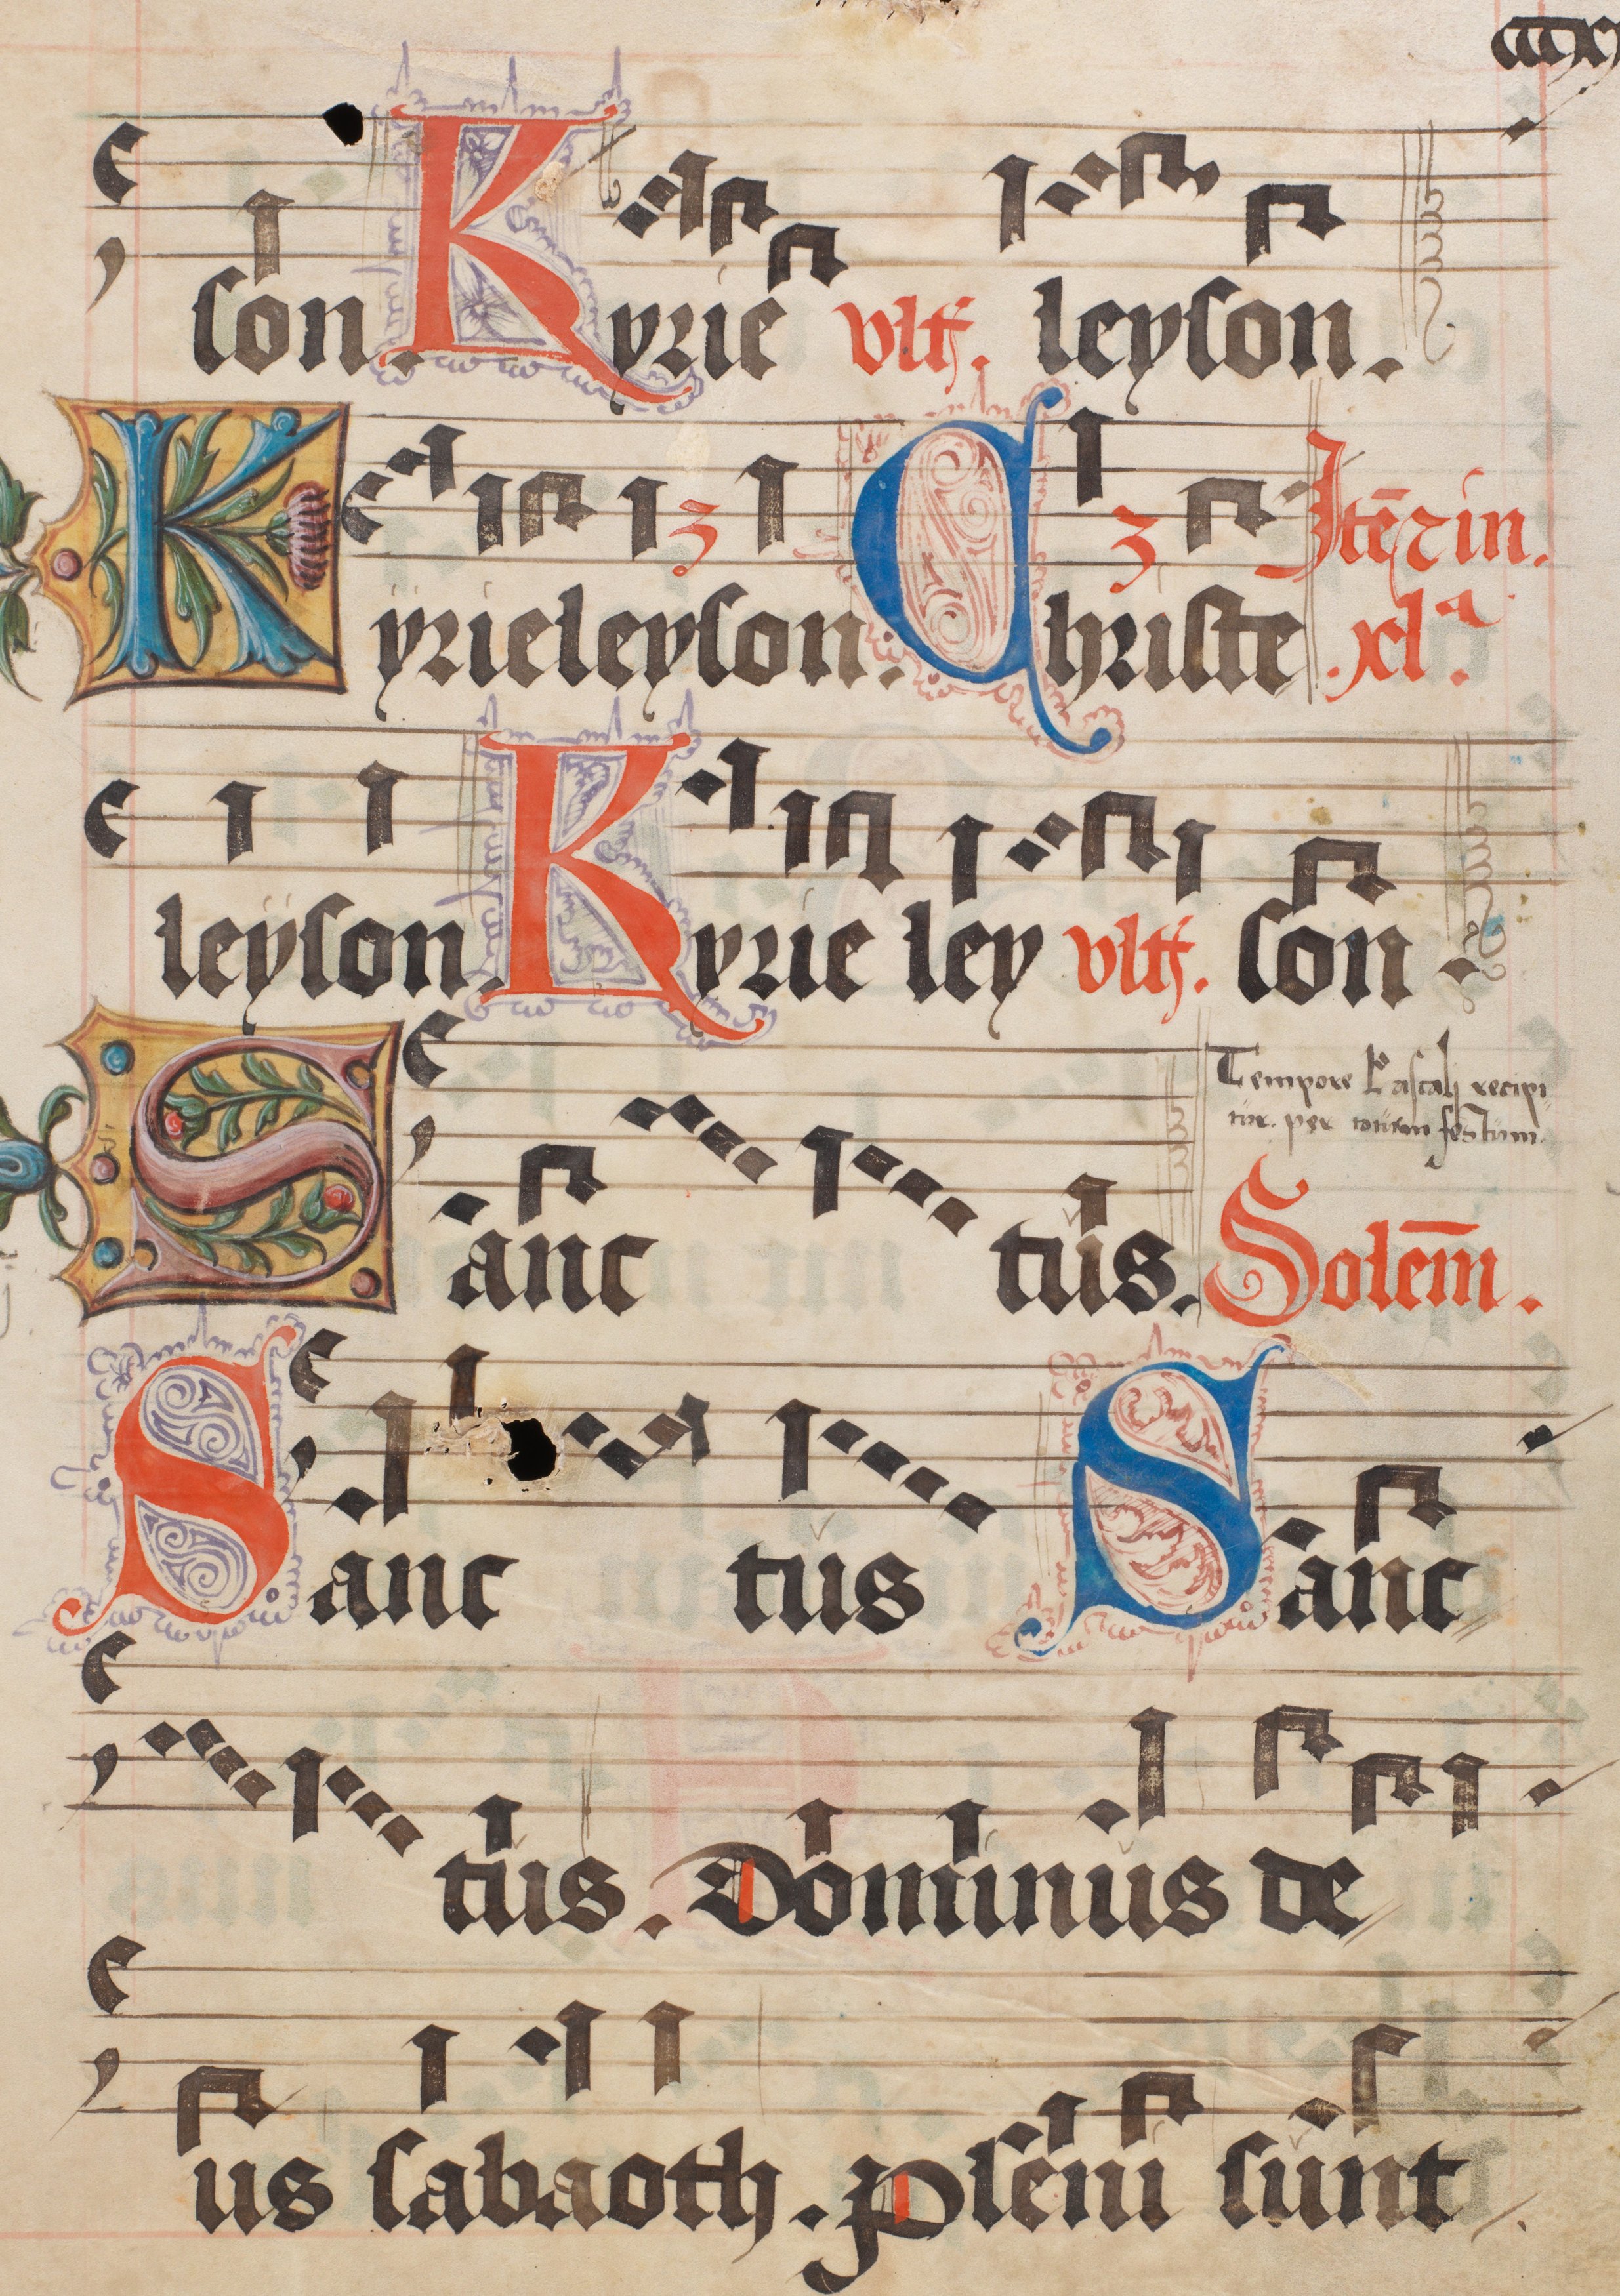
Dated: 1556–1559